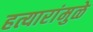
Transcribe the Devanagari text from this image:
हत्यारांमुळे